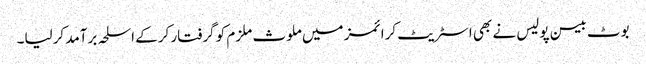
بوٹ بیسن پولیس نے بھی اسٹریٹ کرائمز میں ملوث ملزم کو گرفتار کرکے اسلحہ برآمد کرلیا۔